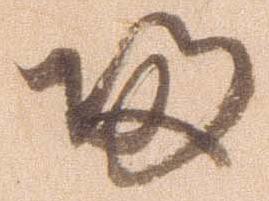
帰